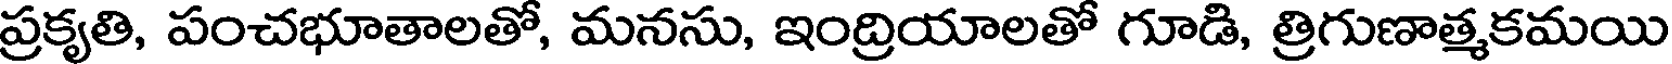
ప్రకృతి, పంచభూతాలతో, మనసు, ఇంద్రియాలతో గూడి, త్రిగుణాత్మకమయి